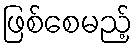
ဖြစ်စေမည့်